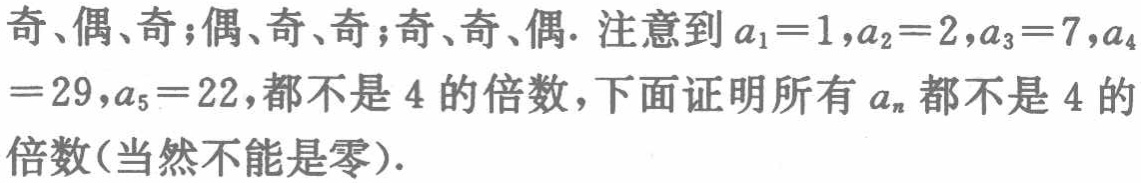
奇、偶、奇;偶、奇、奇;奇、奇、偶. 注意到\(a_{1}=1,a_{2}=2,a_{3}=7,a_{4}=29,a_{5}=22\),都不是\(4\)的倍数,下面证明所有\(a_{n}\)都不是\(4\)的倍数(当然不能是零).